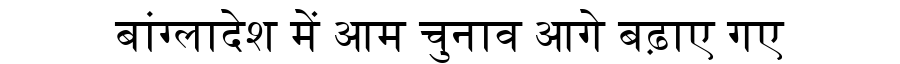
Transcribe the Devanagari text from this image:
बांग्लादेश में आम चुनाव आगे बढ़ाए गए